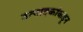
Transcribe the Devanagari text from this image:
उत्पादकांकडून